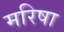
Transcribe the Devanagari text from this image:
मरिषा